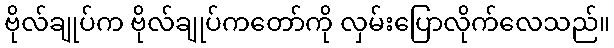
ဗိုလ်ချုပ်က ဗိုလ်ချုပ်ကတော်ကို လှမ်းပြောလိုက်လေသည်။